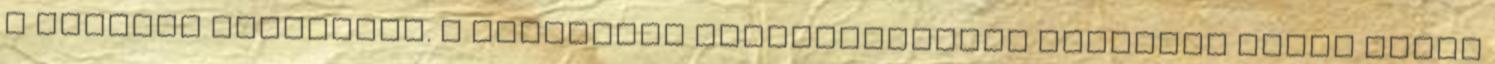
a Lánchíd környékén. A budapesti élményautózást követően pedig május